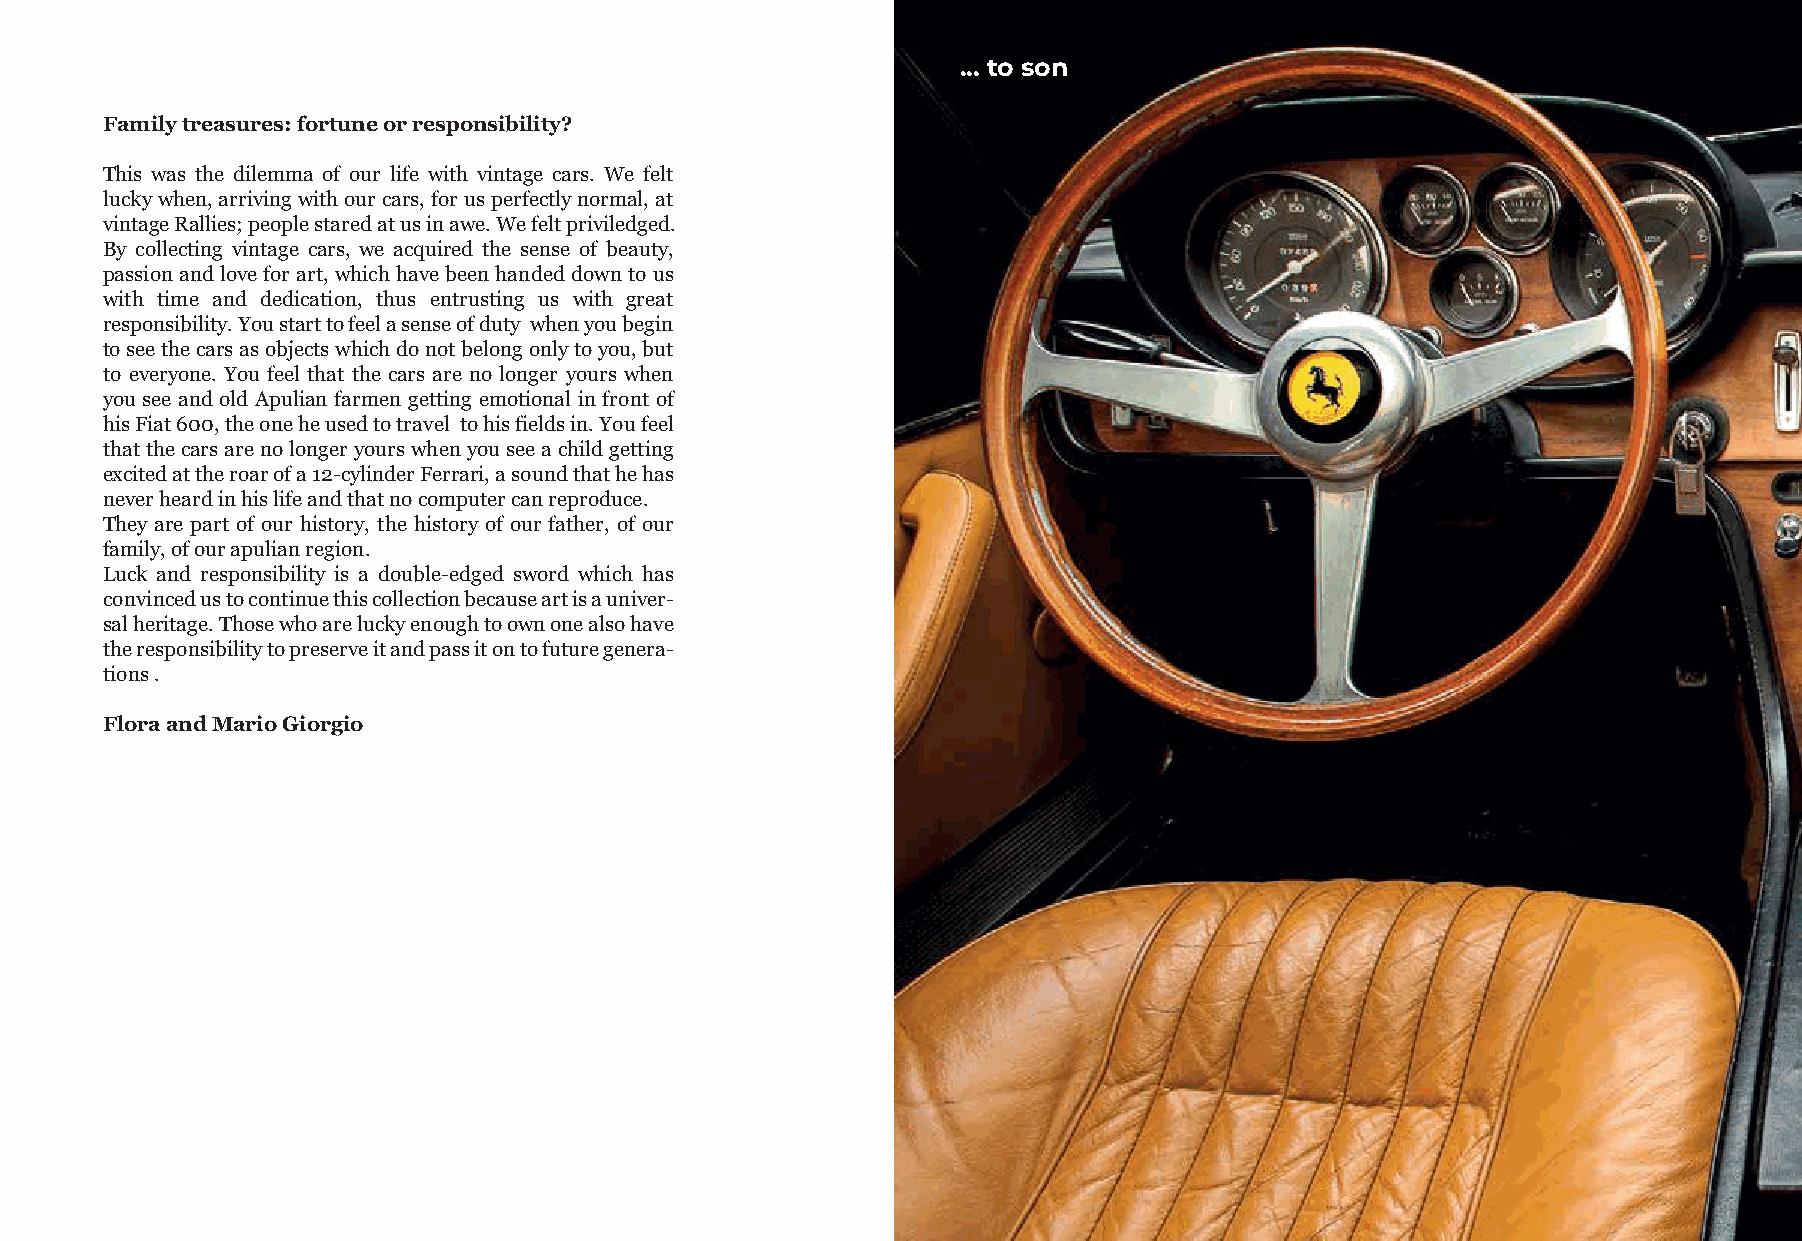
... to son
 Family treasures: fortune or responsibility?
 This was the dilemma of our life with vintage cars. We felt
 lucky when, arriving with our cars, for us perfectly normal, at
 vintage Rallies; people stared at us in awe. We felt priviledged.
 By collecting vintage cars, we acquired the sense of beauty,
 passion and love for art, which have been handed down to us
 with time and dedication, thus entrusting us with great
 responsibility. You start to feel a sense of duty when you begin
 to see the cars as objects which do not belong only to you, but
 to everyone. You feel that the cars are no longer yours when
 you see and old Apulian farmen getting emotional in front of
 his Fiat 600, the one he used to travel to his fields in. You feel
 that the cars are no longer yours when you see a child getting
 excited at the roar of a 12-cylinder Ferrari, a sound that he has
 never heard in his life and that no computer can reproduce.
 They are part of our history, the history of our father, of our
 family, of our apulian region.
 Luck and responsibility is a double-edged sword which has
 convinced us to continue this collection because art is a univer-
 sal heritage. Those who are lucky enough to own one also have
 the responsibility to preserve it and pass it on to future genera-
 tions .
 Flora and Mario Giorgio